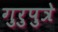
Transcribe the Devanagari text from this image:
गुरुपुत्रे